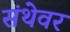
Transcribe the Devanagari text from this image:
संथेवर